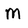
Character: M